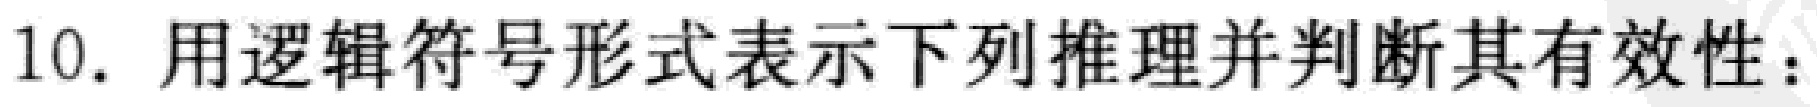
10. 用逻辑符号形式表示下列推理并判断其有效性：